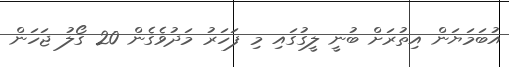
އުބަމަޔަން އިތުރަށް ބުނީ ލީގުގައި މި ފަހަރު މަދުވެގެން 20 ގޯލު ޖަހަން